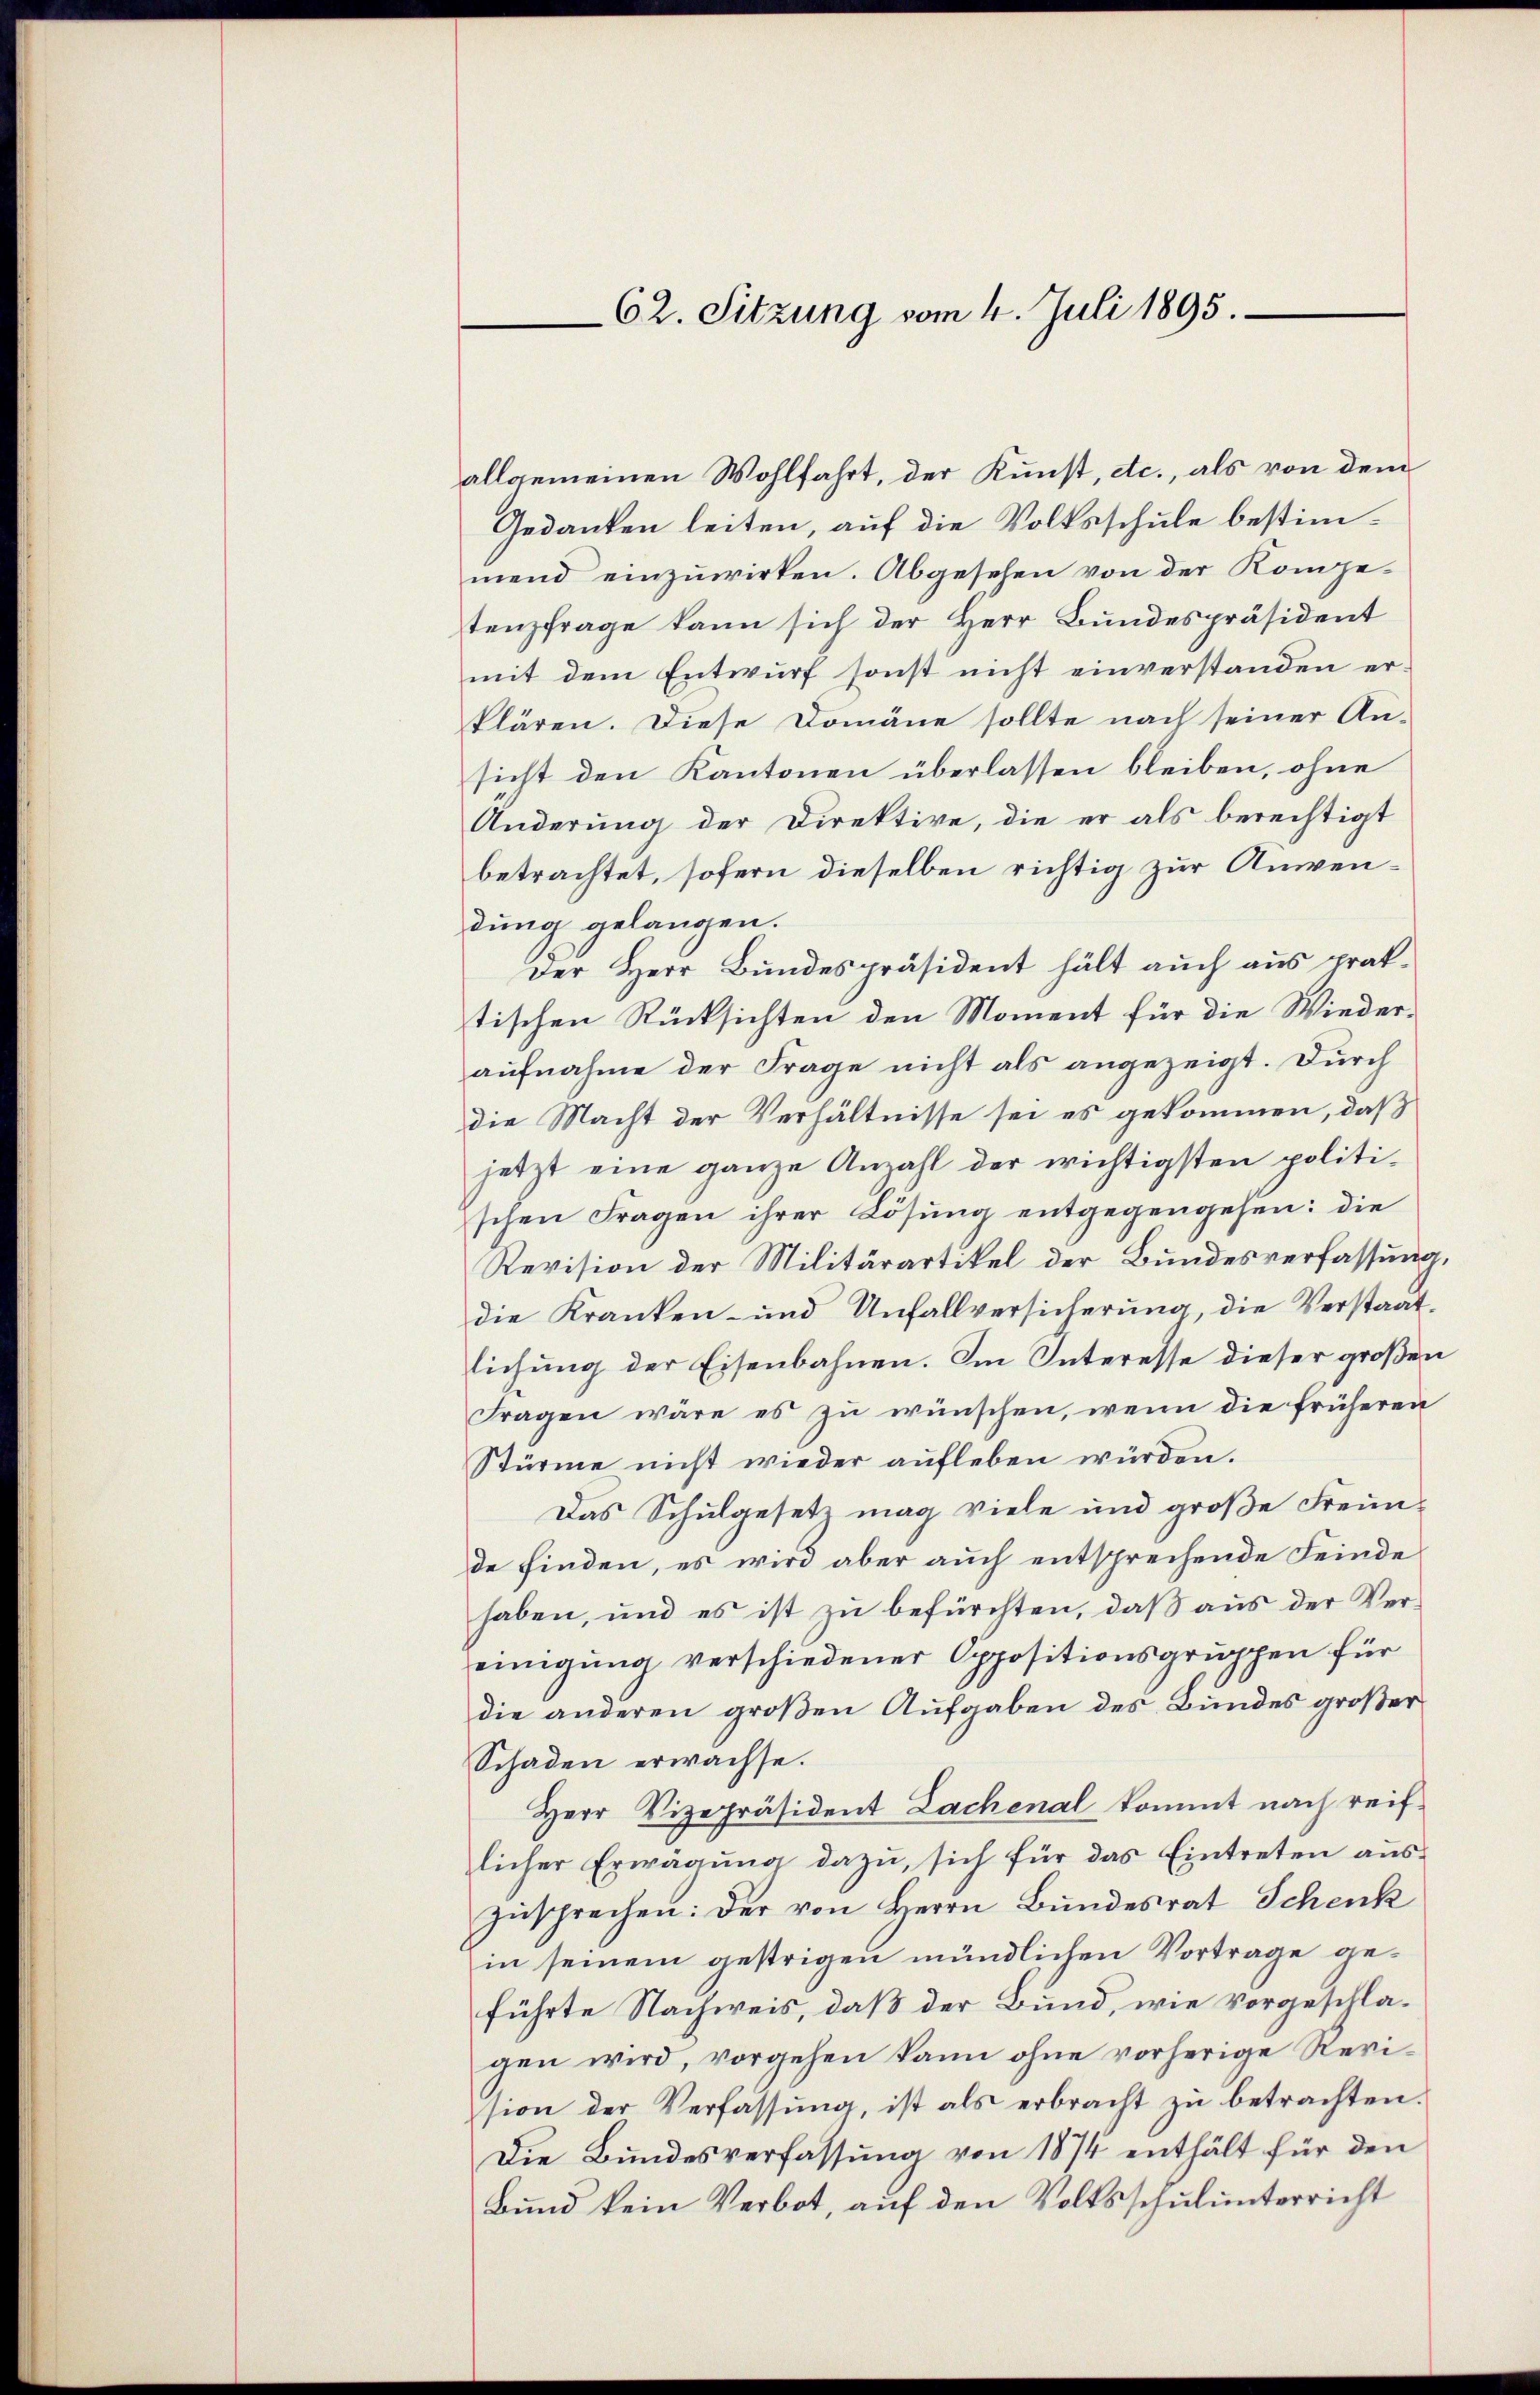
allgemeinen Wohlfahrt, der Kunst, etc., als von dem
Gedanken leiten, auf die Volksschule bestimmend einzuwirken. Abgesehen von der Kompe-
tenzfrage kann sich der Herr Bundespräsident
mit dem Entwurf sonst nicht einverstanden erklären. Diese Domäne sollte nach seiner An-
sicht den Kantonen überlassen bleiben, ohne
Änderung der Direktive, die er als berechtigt
betrachtet, sofern dieselben richtig zur Anwendung gelangen.
Der Herr Bundespräsident hält auch aus praktischen Rücksichten den Moment für die Wieder-
aufnahme der Frage nicht als angezeigt. Durch
die Macht der Verhältnisse sei es gekommen, daß
jetzt eine ganze Anzahl der wichtigsten politi-
schen Fragen ihrer Lösung entgegengehen: die
Revision der Militärartikel der Bundesverfassung,
die Kranken- und Unfallversicherung, die Verstaatlichung der Eisenbahnen. Im Interesse dieser großen
Fragen wäre es zu wünschen, wenn die früheren
Stürme nicht wieder aufleben würden.
Das Schulgesetz mag viele und große Freunde finden, es wird aber auch entsprechende Feinde
haben, und es ist zu befürchten, daß aus der Vereinigung verschiedener Oppositionsgruppen für
die anderen großen Aufgaben des Bundes großer
Schaden erwachse.
Herr Vizepräsident Lachenal kommt nach reiflicher Erwägung dazu, sich für das Eintreten auszusprechen: Der von Herrn Bundesrat Schenk
in seinem gestrigen mündlichen Vortrage geführte Nachweis, daß der Bund, wie vorgeschlagen wird, vorgehen kann ohne vorherige Revision der Verfassŭng, ist als erbracht zŭ betrachten.
Die Bundesverfassung von 1874 enthält für den
Bund kein Verbot, auf den Volksschulunterricht

62. Sitzung vom 4. Juli 1895.